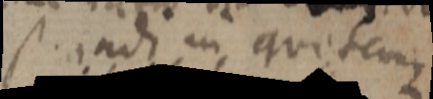
_ adi in quitem